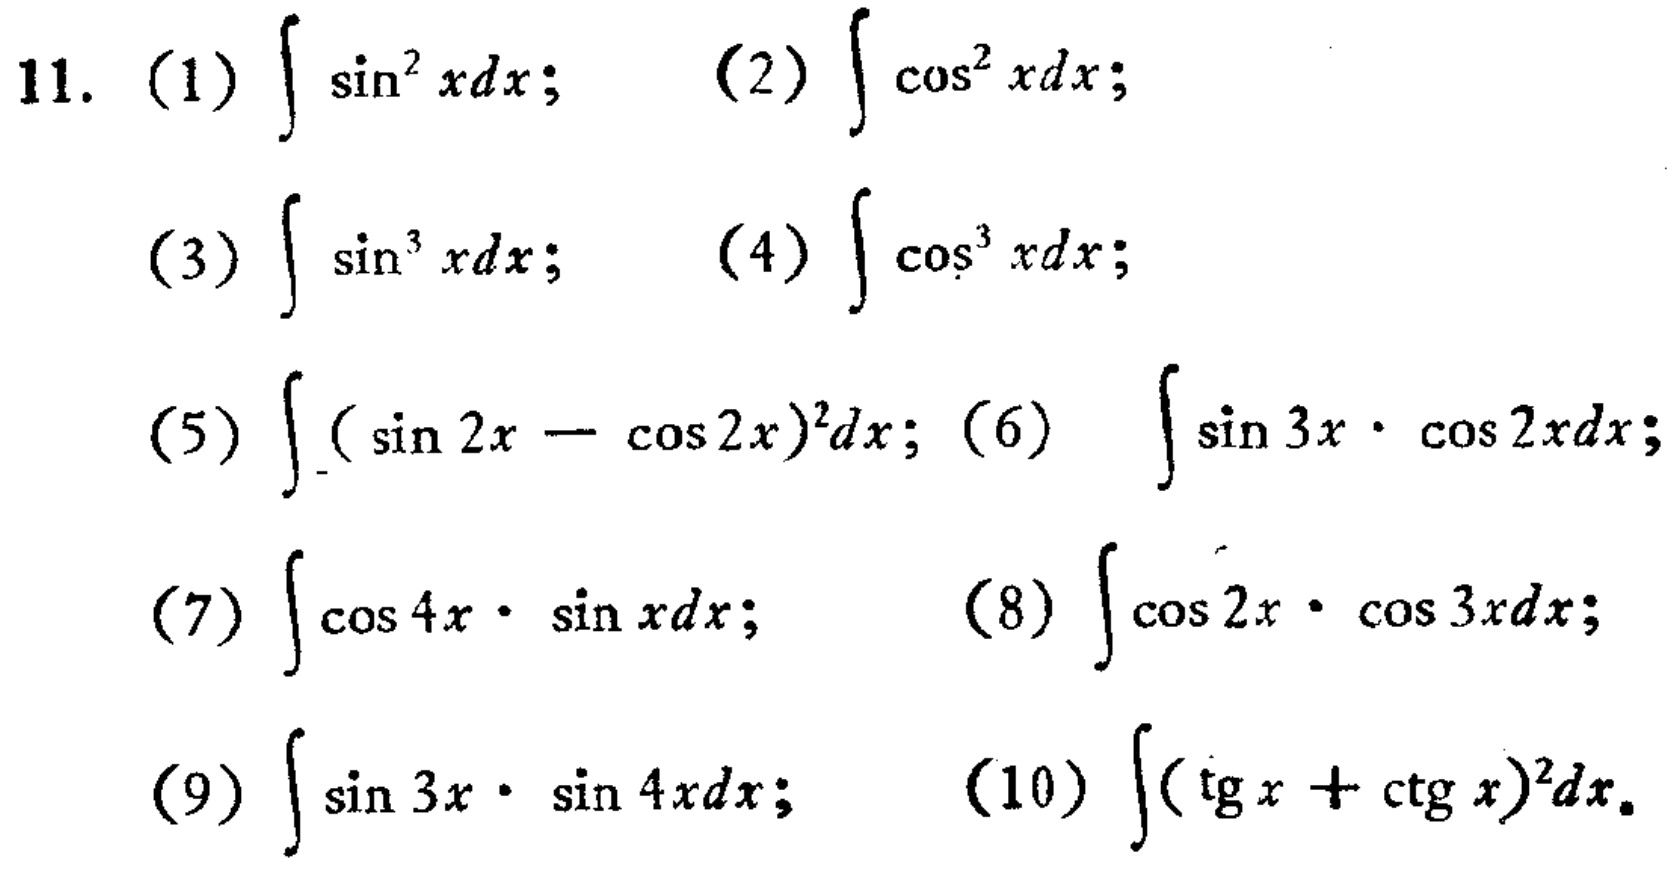
11. (1) \(\int \sin^{2}x dx\); (2) \(\int \cos^{2}x dx\);
(3) \(\int \sin^{3}x dx\); (4) \(\int \cos^{3}x dx\);
(5) \(\int (\sin 2x - \cos 2x)^{2}dx\); (6) \(\int \sin 3x\cdot\cos 2x dx\);
(7) \(\int \cos 4x\cdot\sin x dx\); (8) \(\int \cos 2x\cdot\cos 3x dx\);
(9) \(\int \sin 3x\cdot\sin 4x dx\); (10) \(\int (\tan x + \cot x)^{2}dx\)